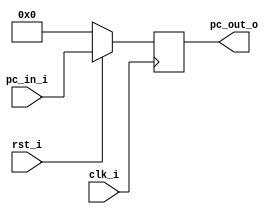
//student's id: 0716325
//Subject:     CO project 2 - PC
//--------------------------------------------------------------------------------
//Version:     1
//--------------------------------------------------------------------------------
//Writer:      0716325
//----------------------------------------------
//Date:        
//----------------------------------------------
//Description: 
//--------------------------------------------------------------------------------

module ProgramCounter(
    clk_i,
	rst_i,
	pc_in_i,
	pc_out_o
	);
     
//I/O ports
input           clk_i;
input	        rst_i;
input  [32-1:0] pc_in_i;
output [32-1:0] pc_out_o;
 
//Internal Signals
reg    [32-1:0] pc_out_o;
 
//Parameter

    
//Main function
always @(posedge clk_i) begin
    if(~rst_i)
	    pc_out_o <= 0;
	else
	    pc_out_o <= pc_in_i;
end

endmodule